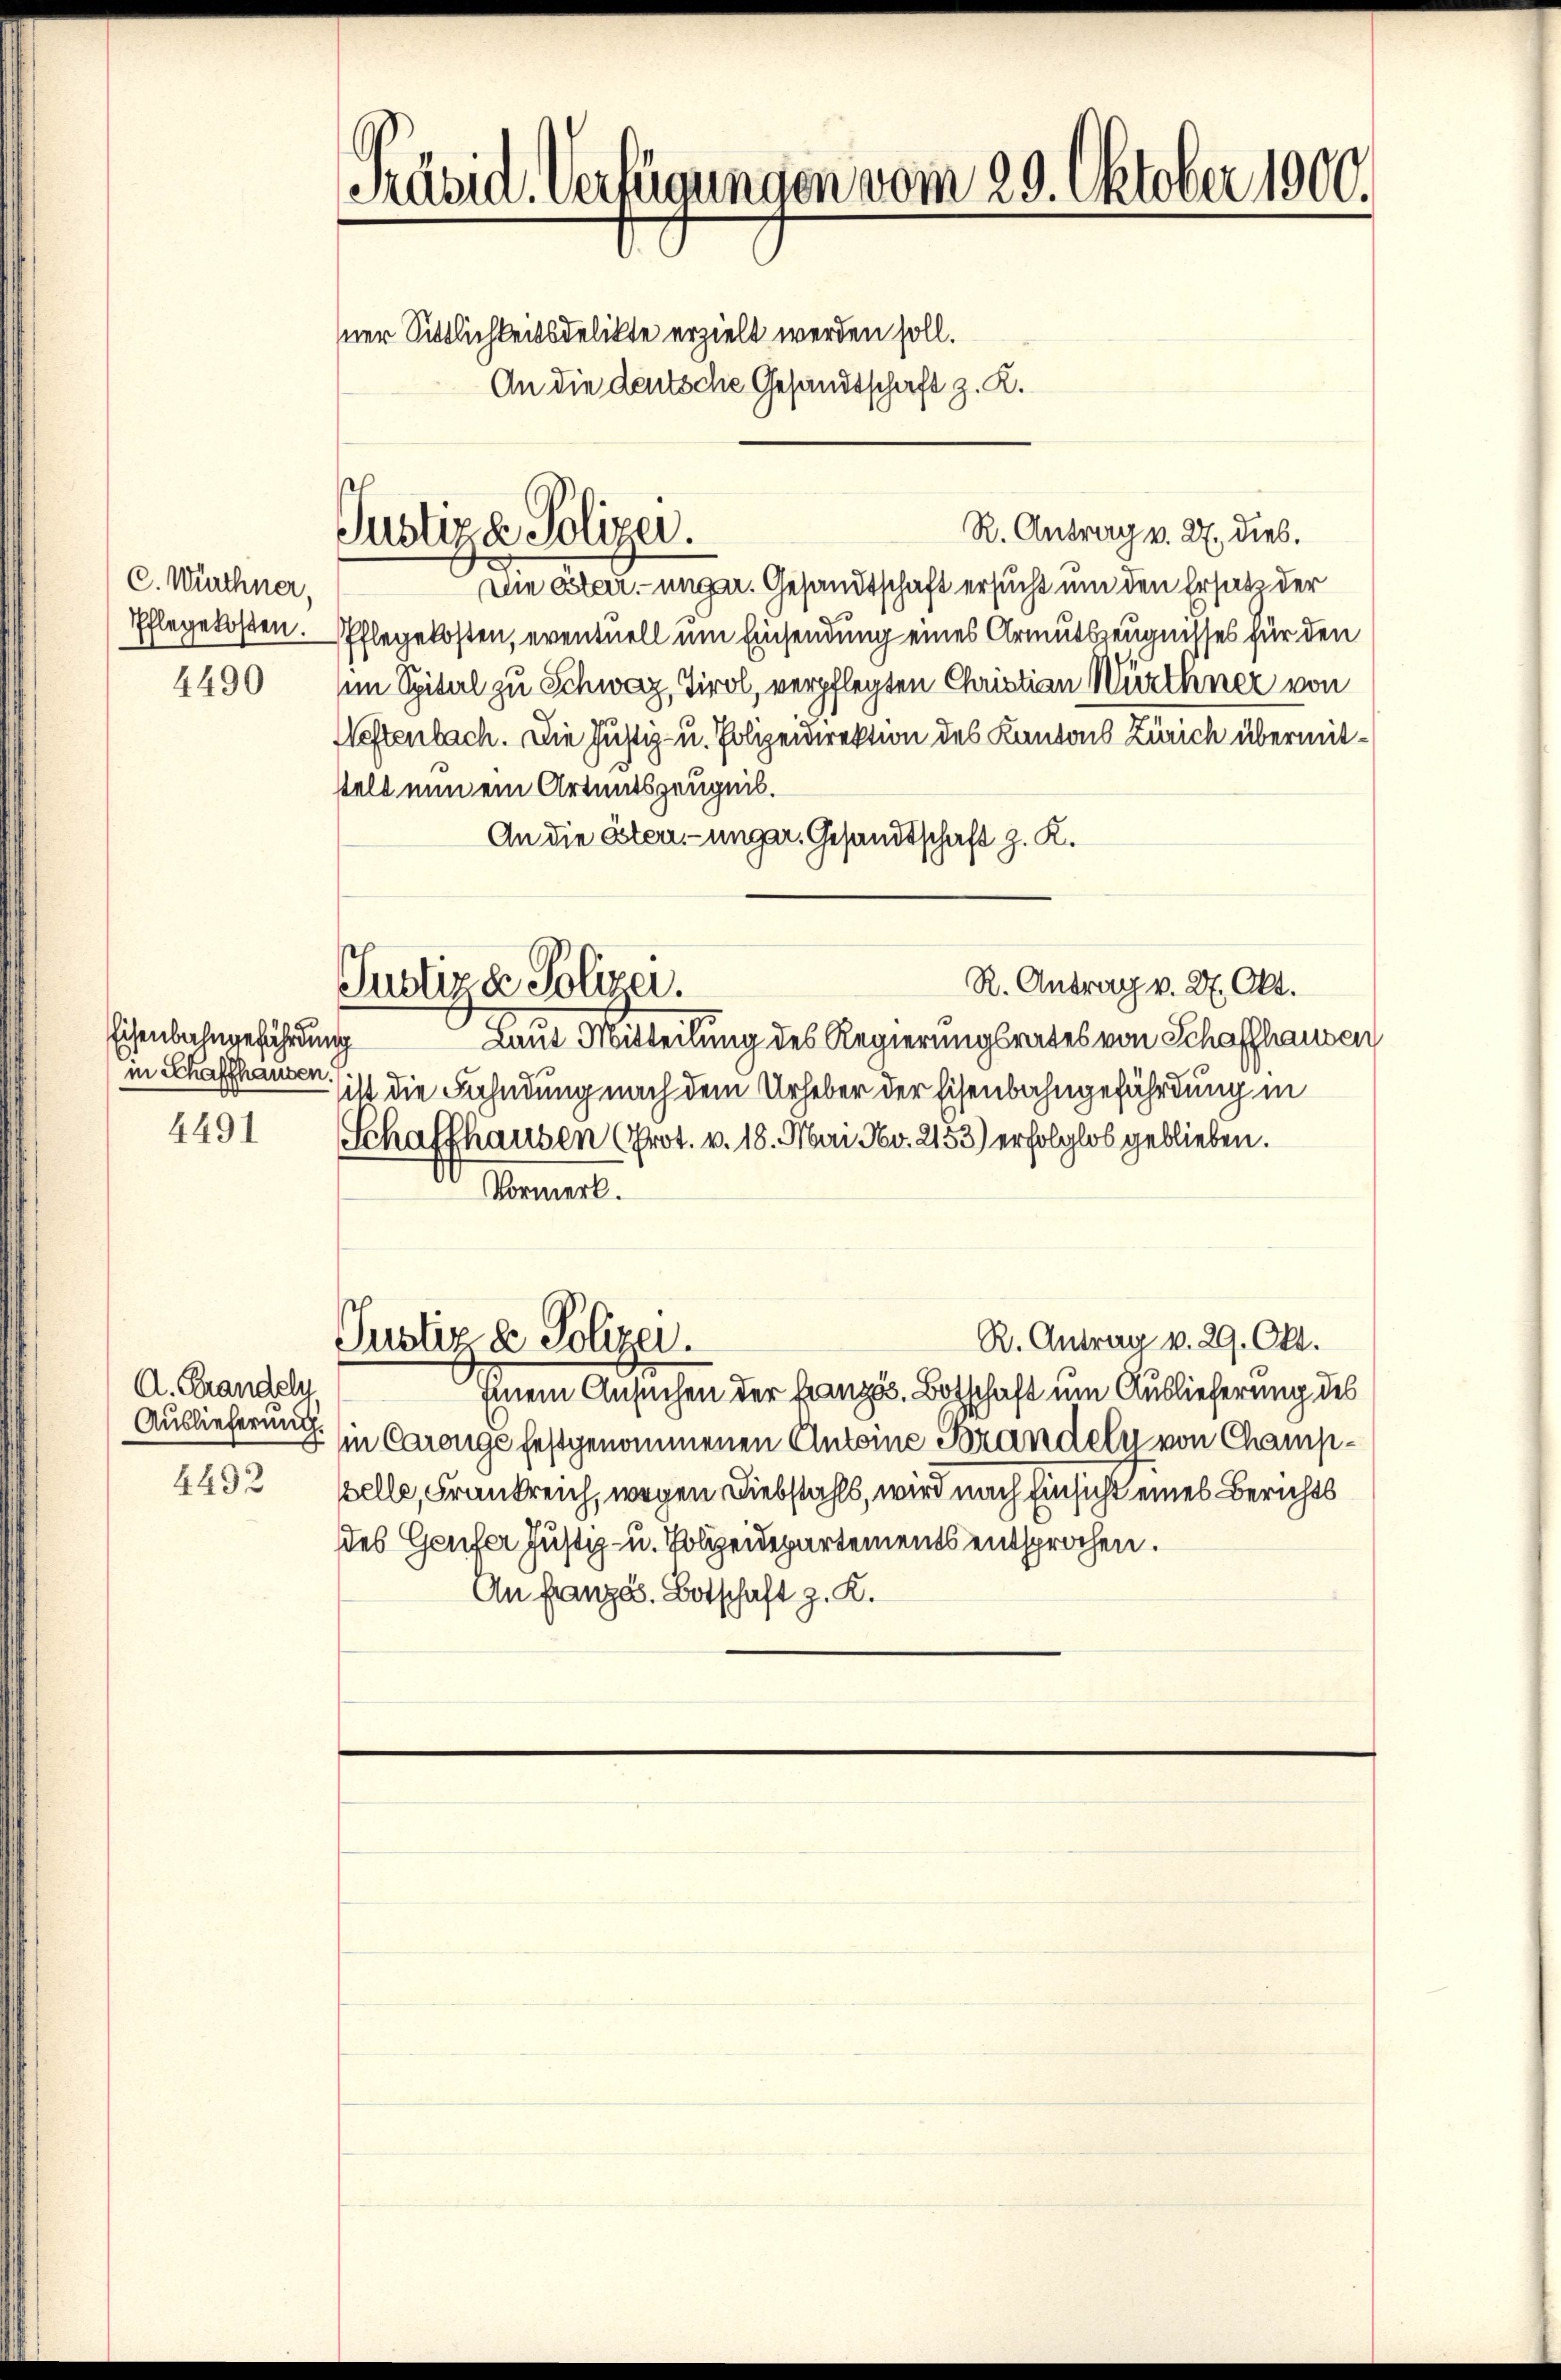
C. Wirthner,
Pflegekosten.

4490

Eisenbahngefährdung
in Schaffhausen.

4491

A. Brandeln,

4432

Präsid. Verfügungen vom 29. Oktober 1900.
sner Sittlichkeitsdelikte erzielt werden soll.
An die deutsche Gesandtschaft z. K.

Justiza Polizei.

R. Antrag v. 27. Okt.
Justiz & Polizei.
Laut Mitteilung des Regierungsrates von Schaffhausen

R. Antrag v. 27. dies.
Die Oster unger. Gesandtschaft ersucht um den Ersatz der
Pflegekosten, eventuell um Einsendung eines Armutszeugnisses für den
im Spital zu Schweiz, Tirol, verpflegten Christian Würthner von
Neftenbach. Die Justiz- u. Polizeidirektion des Kantons Zürich übermitstell nun ein Artentszeugnis.
An die Ester- unger. Gesandtschaft z. K.
sist die Fahndung nach dem Urheber der Eisenbahngefährdung in
Schaffhausen (Prot. v. 18. Mai v. 2153) erfolglos geblieben.
onnert.
R. Antrag v. 29. Okt.
Justiz & Polizei.
Einem Ansuchen der Französ. Botschaft um Auslieferung des
Auslieferung in Carouge festgenommenen Antoine Brandely von Champpelle, Frankreich, wegen Diebstahls, wird nach Einsicht eines Berichts
des Genfer Justiz- u. Polizeidepartements entsprochen.
An Französ. Botschaft z. K.